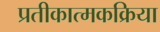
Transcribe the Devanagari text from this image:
प्रतीकात्मकक्रिया